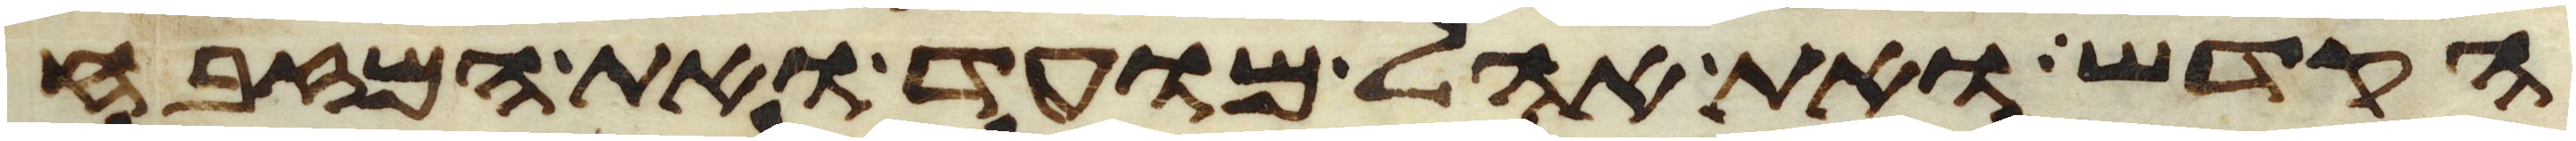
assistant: הקדש ואת אהל מועד ואת המזבח